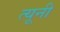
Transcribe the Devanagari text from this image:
त्‍यूनी